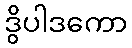
ဒွိပါဒကော